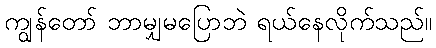
ကျွန်တော် ဘာမျှမပြောဘဲ ရယ်နေလိုက်သည်။